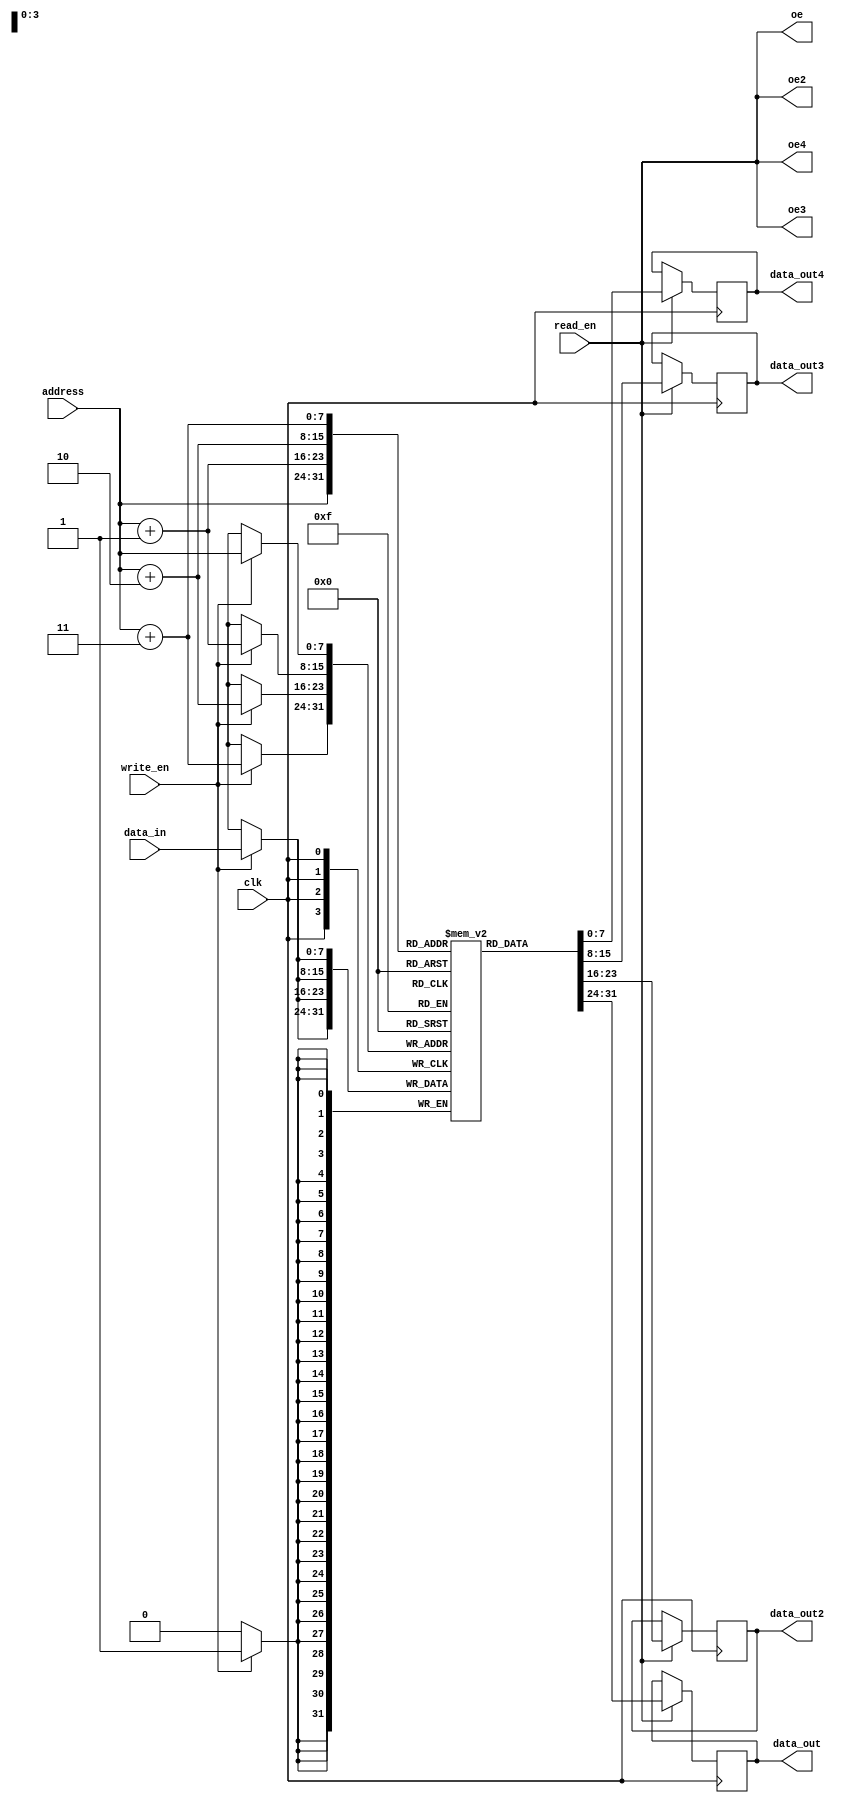
module QDR_SRAM (
    input wire clk,
    input wire [7:0] address,
    input wire [7:0] data_in,
    input wire read_en,
    input wire write_en,
    output reg [7:0] data_out,
    output reg oe,
    output reg [7:0] data_out2,
    output reg oe2,
    output reg [7:0] data_out3,
    output reg oe3,
    output reg [7:0] data_out4,
    output reg oe4
);

reg [7:0] memory [0:255]; // 256 x 8 memory array

always @(posedge clk) begin
    if (read_en) begin
        data_out <= memory[address];
        data_out2 <= memory[address + 1];
        data_out3 <= memory[address + 2];
        data_out4 <= memory[address + 3];
    end

    if (write_en) begin
        memory[address] <= data_in;
        memory[address + 1] <= data_in;
        memory[address + 2] <= data_in;
        memory[address + 3] <= data_in;
    end
end

assign oe = read_en;
assign oe2 = read_en;
assign oe3 = read_en;
assign oe4 = read_en;

endmodule